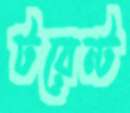
টরেন্ট